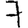
Digit: 7